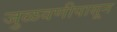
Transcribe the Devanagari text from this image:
जुळवणीपासून